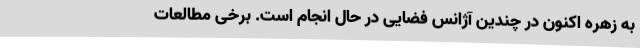
به زهره اکنون در چندین آژانس فضایی در حال انجام است. برخی مطالعات